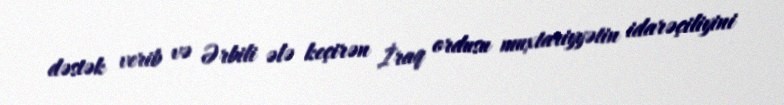
dəstək verib və Ərbili ələ keçirən İraq ordusu muxtariyyətin idarəçiliyini